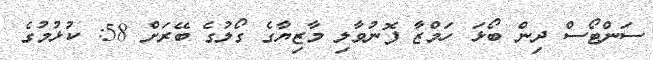
ސަންޓޯސް ދިން ބޯޅަ ހަމްޒާ ފޮނުވާލި މާޒިޔާގެ ގޯލުގެ ބޭރަށް 58: ކުޅުމުގެ